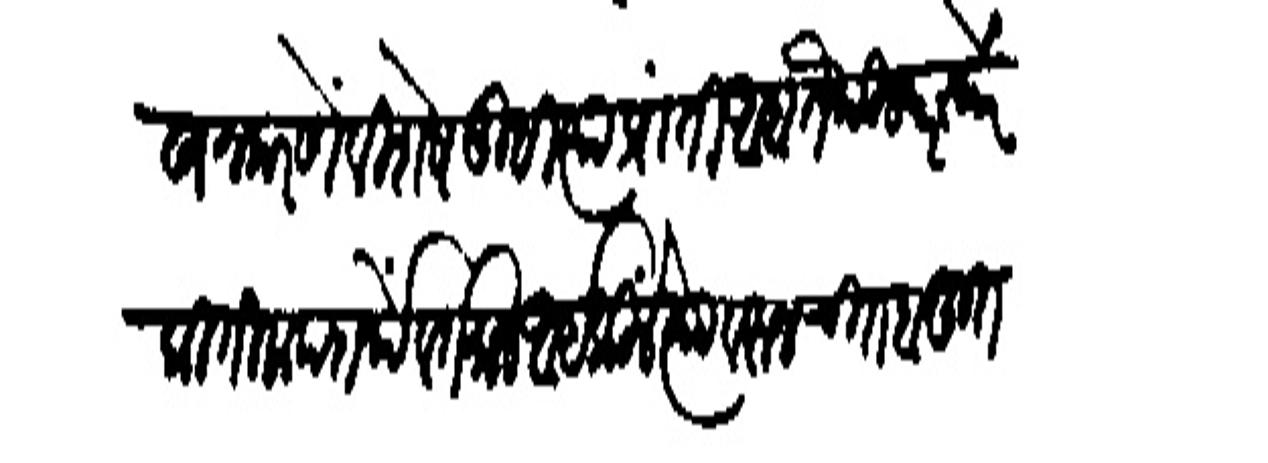
Transliteration (Devanagari): लेखन करणें विक्षेष तुम्ही र्या प्रांती आहा तेबील परस्परे कितीक पदार्थें वर्तमान आईकिलें त्यावरन चित बहत